Indian journal of veterinary science and animal husbandry - Volume 4,
Year: 1934
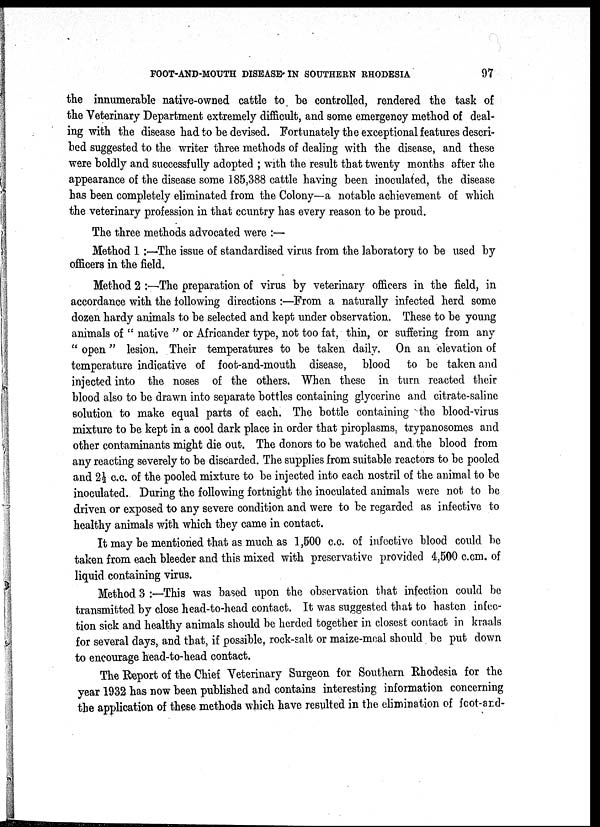
FOOT-AND-MOUTH DISEASE IN SOUTHERN RHODESIA
97
the innumerable native-owned cattle to, be controlled, rendered the task of
the Veterinary Department extremely difficult, and some emergency method of deal-
ing with the disease had to be devised. Fortunately the exceptional features descri-
bed suggested to the writer three methods of dealing with the disease, and these
were boldly and successfully adopted ; with the result that twenty months after the
appearance of the disease some 185,388 cattle having been inoculated, the disease
has been completely eliminated from the Colony—a notable achievement of which
the veterinary profession in that country has every reason to be proud.
The three methods advocated were :—
Method 1 :—The issue of standardised virus from the laboratory to be used by
officers in the field.
Method 2 :—The preparation of virus by veterinary officers in the field, in
accordance with the following directions :—From a naturally infected herd some
dozen hardy animals to be selected and kept under observation. These to be young
animals of " native " or Africander type, not too fat, thin, or suffering from any
" open" lesion. Their temperatures to be taken daily. On an elevation of
temperature indicative of foot-and-mouth disease, blood to be taken and
injected into the noses of the others. When these in turn reacted their
blood also to be drawn into separate bottles containing glycerine and citrate-saline
solution to make equal parts of each. The bottle containing the blood-virus
mixture to be kept in a cool dark place in order that piroplasms, trypanosomes and
other contaminants might die out. The donors to be watched and the blood from
any reacting severely to be discarded. The supplies from suitable reactors to be pooled
and 2½ c.c. of the pooled mixture to be injected into each nostril of the animal to be
inoculated. During the following fortnight the inoculated animals were not to be
driven or exposed to any severe condition and were to be regarded as infective to
healthy animals with which they came in contact.
It may be mentioned that as much as 1,500 c.c. of infective blood could be
taken from each bleeder and this mixed with preservative provided 4,500 c.cm. of
liquid containing virus.
Method 3 :—This was based upon the observation that infection could be
transmitted by close head-to-head contact. It was suggested that to hasten infec-
tion sick and healthy animals should be herded together in closest contact in kraals
for several days, and that, if possible, rock-salt or maize-meal should be put down
to encourage head-to-head contact.
The Report of the Chief Veterinary Surgeon for Southern Rhodesia for the
year 1932 has now been published and contains interesting information concerning
the application of these methods which have resulted in the elimination of foot-ard-